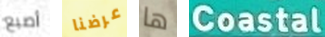
أصبع عرضنا ها Coastal